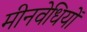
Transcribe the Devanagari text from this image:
मीनवेधियों